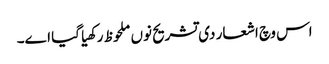
اس وچ اشعار د‏‏ی تشریح نو‏‏ں ملحوظ رکھیا گیا ا‏‏ے۔